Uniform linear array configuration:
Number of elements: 8
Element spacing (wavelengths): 1
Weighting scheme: hann
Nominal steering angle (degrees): -30
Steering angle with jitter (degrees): -29.911
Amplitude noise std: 0.05
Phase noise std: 0.05

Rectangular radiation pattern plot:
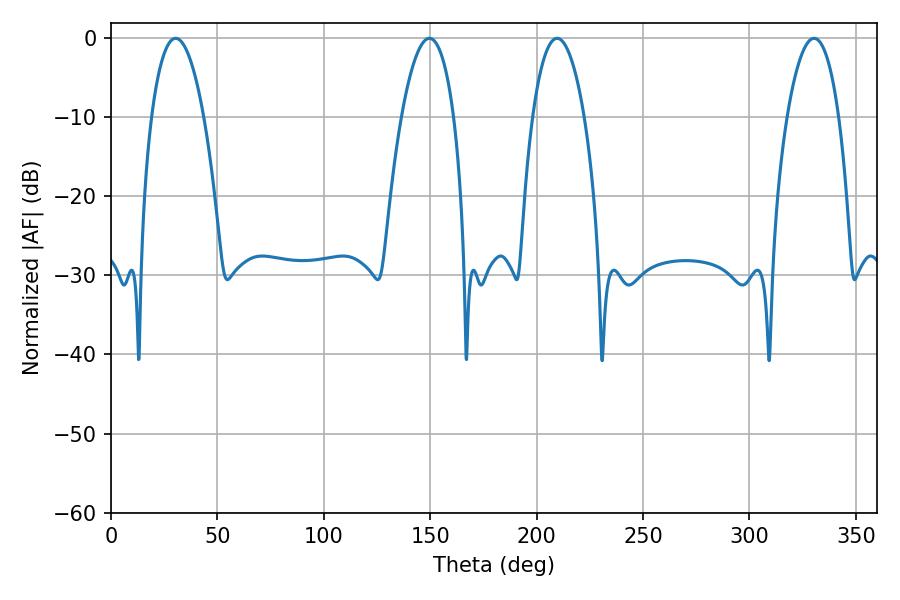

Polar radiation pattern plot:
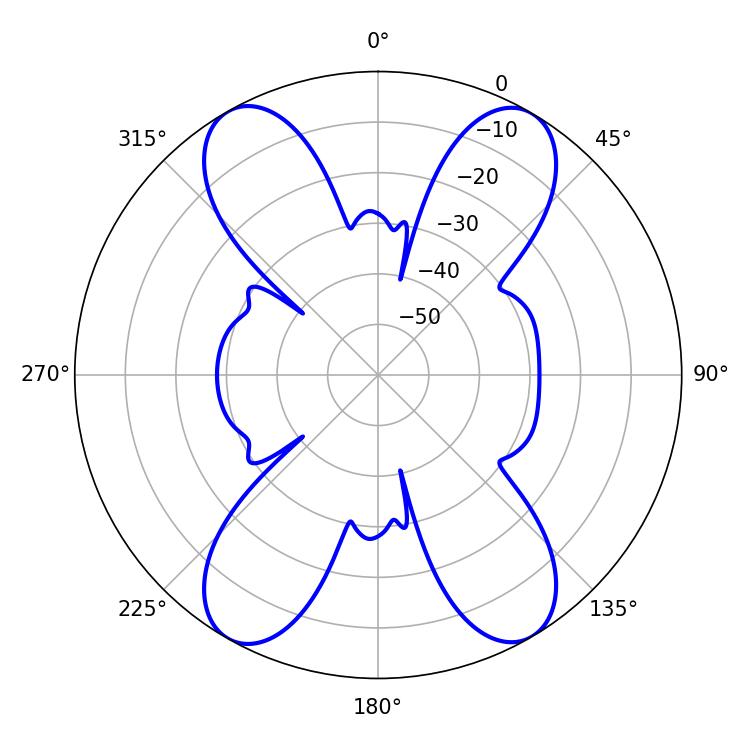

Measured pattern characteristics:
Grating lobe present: TRUE
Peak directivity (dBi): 22.833
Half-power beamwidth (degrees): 13.68
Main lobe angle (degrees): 30.42